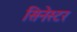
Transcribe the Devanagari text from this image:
सिनेस्टर